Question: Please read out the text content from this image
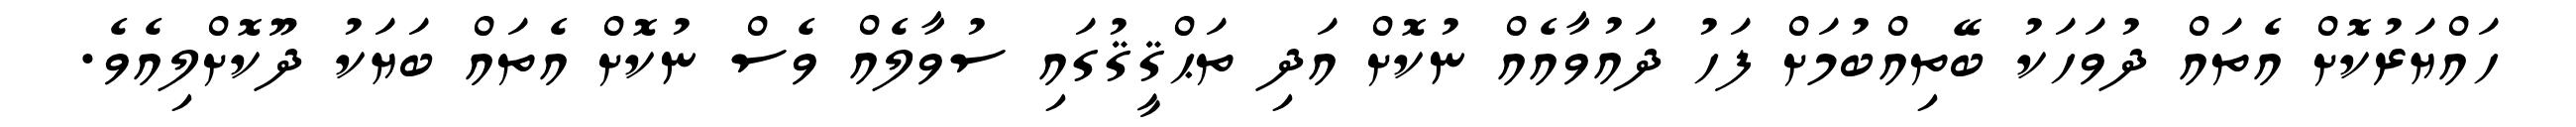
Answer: ހައްޔަރުކޮށް އެތައް ދުވަހަކު ބޭތިއްބުމަށް ފަހު ދައުވާއެއް ނުކޮށް އަދި ތަޙްޤީޤުގައި ސުވާލެއް ވެސް ނުކޮށް އެތައް ބަޔަކު ދޫކޮށްލިއެވެ.